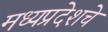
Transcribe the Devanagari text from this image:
मध्यप्रदेशचे